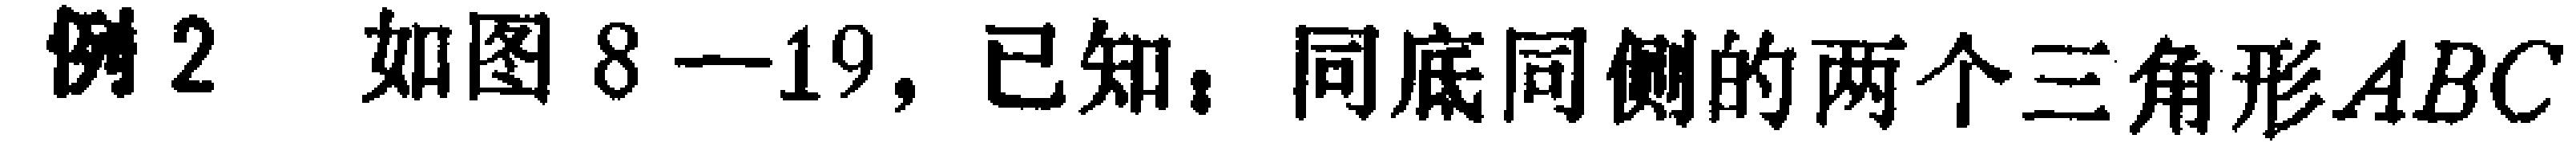
例2 如图8—19，已知：同底同侧的两个三角形\(ABC\)